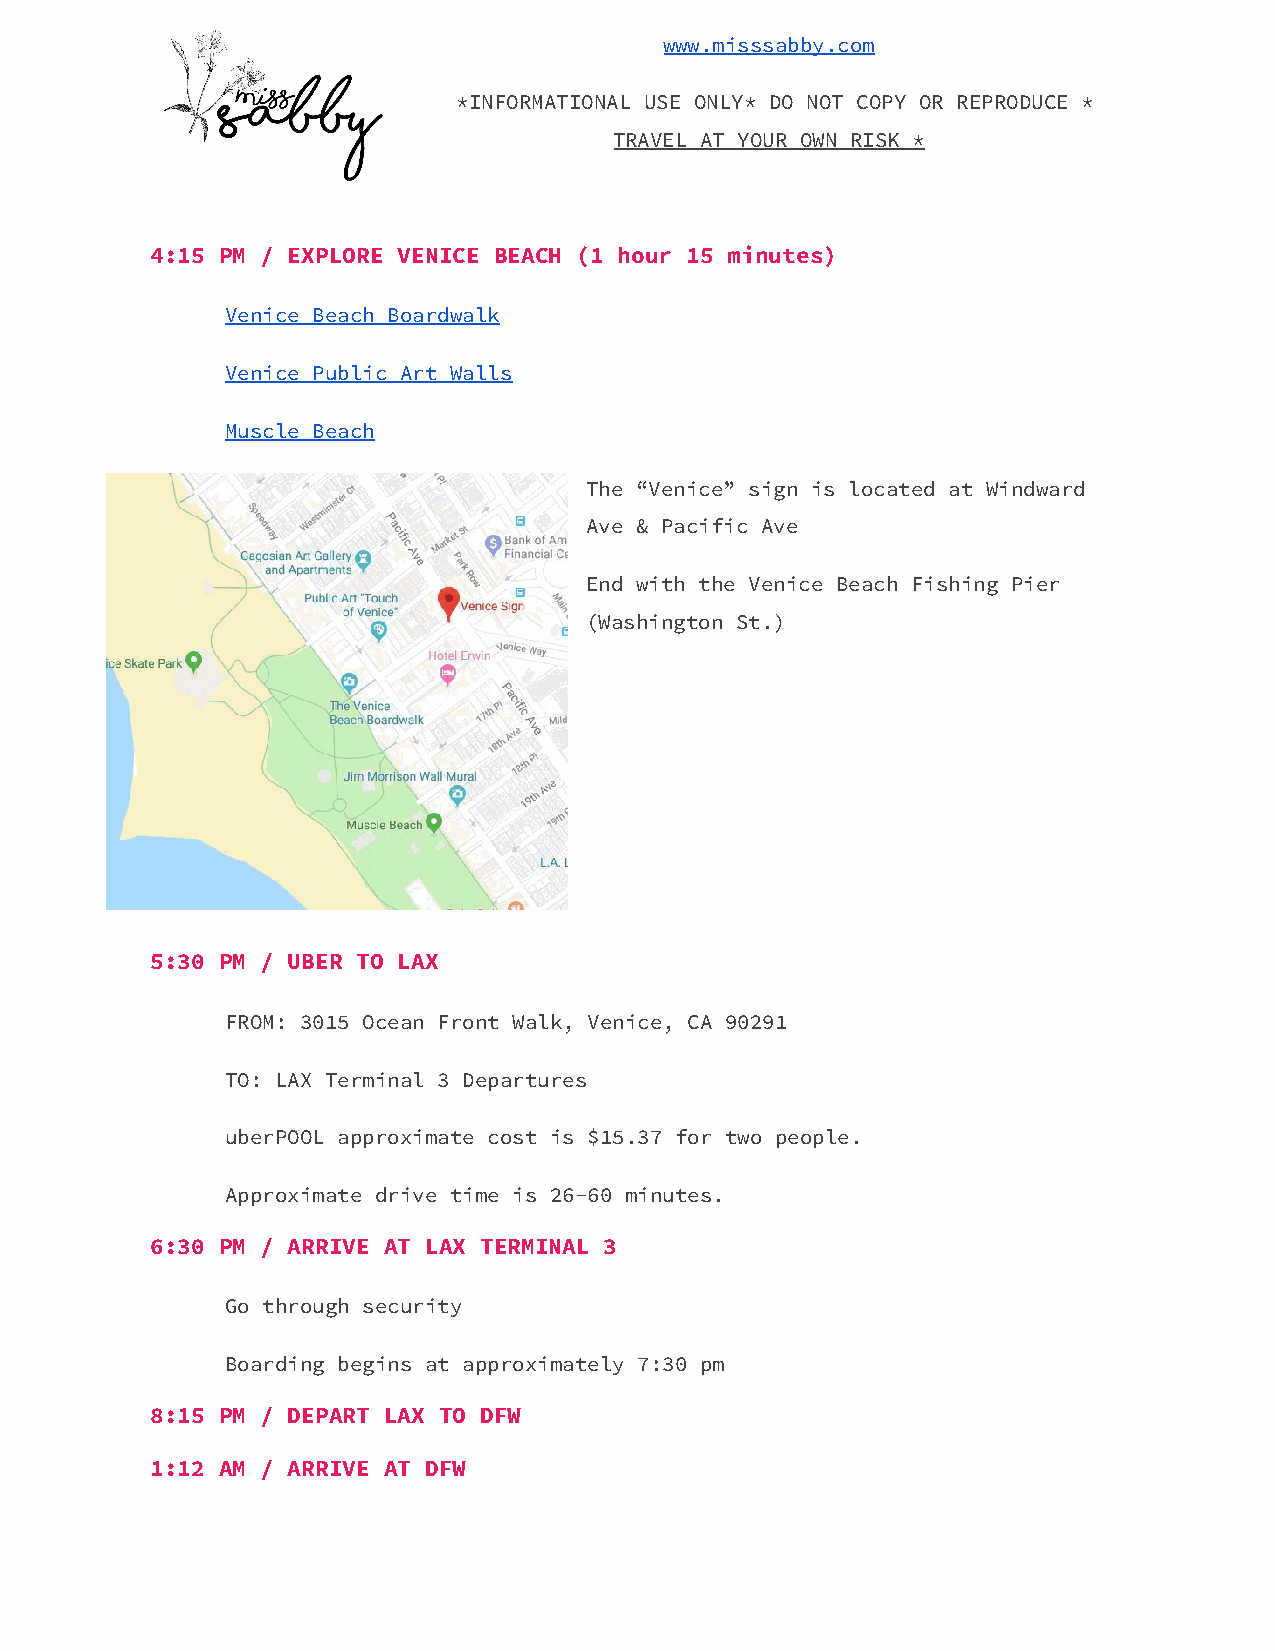
www.misssabby.com
 *INFORMATIONAL USE ONLY* DO NOT COPY OR REPRODUCE *
 TRAVEL AT YOUR OWN RISK *
 4:15 PM / EXPLORE VENICE BEACH (1 hour 15 minutes)
 Venice Beach Boardwalk
 Venice Public Art Walls
 Muscle Beach
 The “Venice” sign is located at Windward
 Ave & Pacific Ave
 End with the Venice Beach Fishing Pier
 (Washington St.)
 5:30 PM / UBER TO LAX
 FROM: 3015 Ocean Front Walk, Venice, CA 90291
 TO: LAX Terminal 3 Departures
 uberPOOL approximate cost is $15.37 for two people.
 Approximate drive time is 26-60 minutes.
 6:30 PM / ARRIVE AT LAX TERMINAL 3
 Go through security
 Boarding begins at approximately 7:30 pm
 8:15 PM / DEPART LAX TO DFW
 1:12 AM / ARRIVE AT DFW